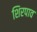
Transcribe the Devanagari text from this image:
शिरपाव